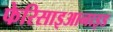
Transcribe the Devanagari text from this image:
फेरिसाइआनाइड